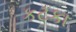
કટકા